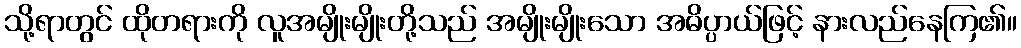
သို့ရာတွင် ထိုတရားကို လူအမျိုးမျိုးတို့သည် အမျိုးမျိုးသော အဓိပ္ပာယ်ဖြင့် နားလည်နေကြ၏။